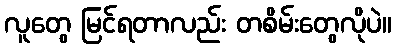
လူတွေ မြင်ရတာလည်း တစိမ်းတွေလိုပဲ။